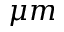
\mu m